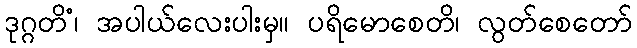
ဒုဂ္ဂတိံ၊ အပါယ်လေးပါးမှ။ ပရိမောစေတိ၊ လွတ်စေတော်